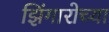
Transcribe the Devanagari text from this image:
झिंगारोच्या